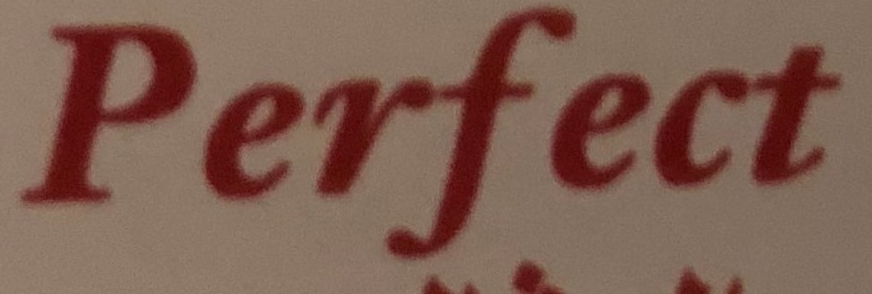
Perfect